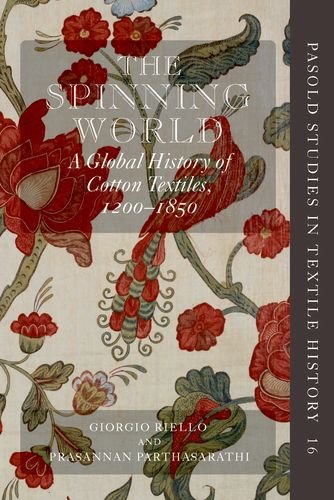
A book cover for The Spinning World: A Global History of Cotton Textiles, 1200-1850 (Pasold Studies in Textile History); Giorgio Riello; Crafts, Hobbies & Home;